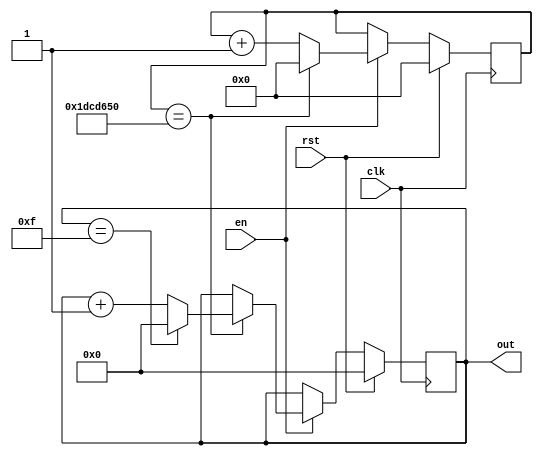
`timescale 1ns / 1ps
//////////////////////////////////////////////////////////////////////////////////
// Company: 
// Engineer: 
// 
// Design Name: 
// Module Name: clock_counter
// Project Name: 
// Target Devices: 
// Tool Versions: 
// Description: 
// 
// Dependencies: 
// 
// Revision:
// Revision 0.01 - File Created
// Additional Comments:
// 
//////////////////////////////////////////////////////////////////////////////////


module clock_counter(
    input clk,
    input rst,
    input en,
    output [3:0] out
);
    
    reg [3:0] count = 4'd0;
    reg [27:0] cycles_count = 27'b0;
    
    assign out[3:0] = count[3:0];
    
    always @(posedge clk) begin
        if (rst) begin
            count <= 4'd0;
            cycles_count <= 28'd0;
        end     
        else if (en) begin
            if(cycles_count == 28'd31250000) begin
                if (count == 4'd15) begin
                    count <= 4'd0;
                end
                else begin
                    count <= count + 4'd1;
                end
		        cycles_count <= 27'b0;
            end
            else begin
                cycles_count <= cycles_count + 27'd1;
            end
        end
        else begin
            count <= count;
        end
    end
      
endmodule